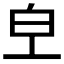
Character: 𤼿